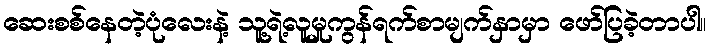
ဆေးစစ်နေတဲ့ပုံလေးနဲ့ သူ့ရဲ့လူမှုကွန်ရက်စာမျက်နှာမှာ ဖော်ပြခဲ့တာပါ။